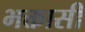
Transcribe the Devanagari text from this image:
भक्तासी